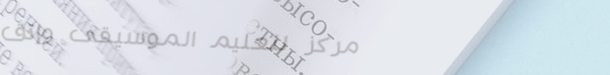
مركز لتعليم الموسيقى وإتق